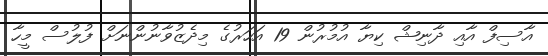
އާސިފް އާއި ދާނިޝް ކިޔާ އުމުރުން 19 އަހަރުގެ މިދެޒުވާނުންނަށް ފުލުސް މީހާ